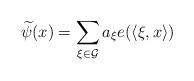
LaTeX: \begin{align*} \widetilde{\psi}(x)=\sum_{\xi\in\mathcal G} a_\xi e(\langle \xi,x\rangle)\end{align*}